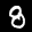
Label: 8